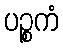
ပဉ္စကံ